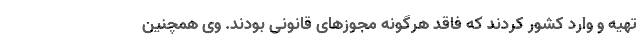
تهیه و وارد کشور کردند که فاقد هرگونه مجوزهای قانونی بودند. وی همچنین